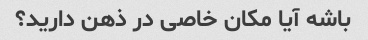
باشه آیا مکان خاصی در ذهن دارید؟